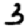
Digit: 3